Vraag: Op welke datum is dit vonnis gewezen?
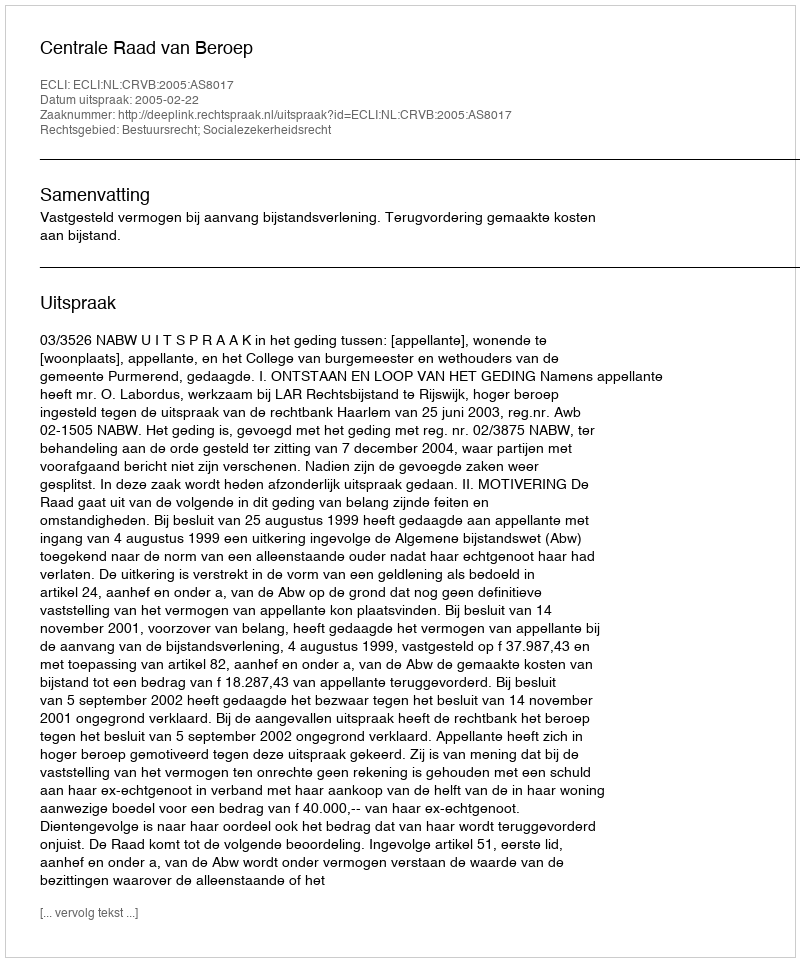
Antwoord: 2005-02-22